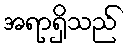
အရာရှိသည်